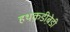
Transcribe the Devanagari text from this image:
हथक़डीब़ेडी